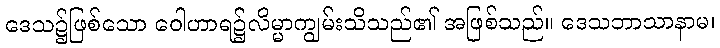
ဒေသ၌ဖြစ်သော ဝေါဟာရ၌လိမ္မာကျွမ်းသိသည်၏ အဖြစ်သည်။ ဒေသဘာသာနာမ၊